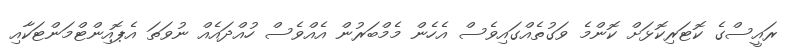
ރައީސްގެ ކޮޓަރިކޮޅަށް ކޮންމެ ވަގުތެއްގައިވެސް އެހެން މެމްބަރުން އެއްވެސް ހުއްދައެއް ނުވަތަ އެޕޮއިންޓްމަންޓަކާއި